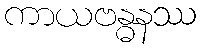
ကာယဗန္ဓနဿ